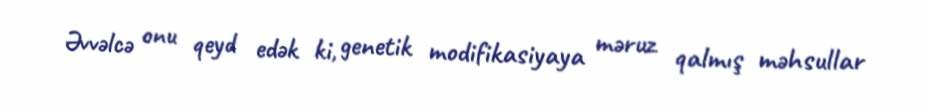
Əvvəlcə onu qeyd edək ki, genetik modifikasiyaya məruz qalmış məhsullar